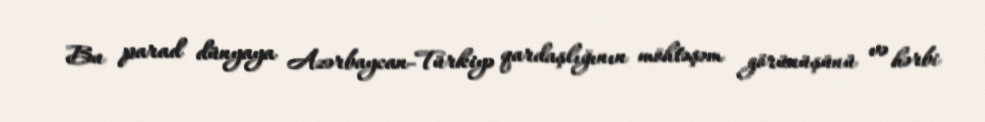
Bu parad dünyaya Azərbaycan-Türkiyə qardaşlığının möhtəşəm görünüşünü və hərbi